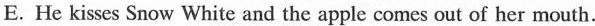
E.He kisses Snow White and the apple comes out of her mouth.